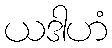
ယဒါဟံ